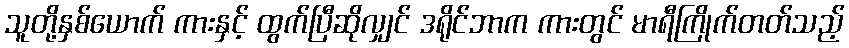
သူတို့နှစ်ယောက် ကားနှင့် ထွက်ပြီဆိုလျှင် ဒရိုင်ဘာက ကားတွင် မာရီကြိုက်တတ်သည့်